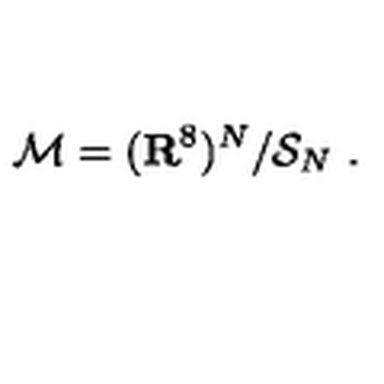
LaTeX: { \cal M } = ( { \bf R } ^ { 8 } ) ^ { N } / { \cal S } _ { N } \ .